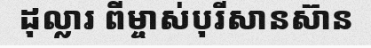
ដុល្លារ ពីម្ចាស់បុរីសានស៊ាន